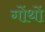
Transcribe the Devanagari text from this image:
गोंथों